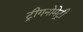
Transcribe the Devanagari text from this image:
ट्रीगनोमेट्री